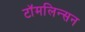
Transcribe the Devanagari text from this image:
टॉमलिन्सन